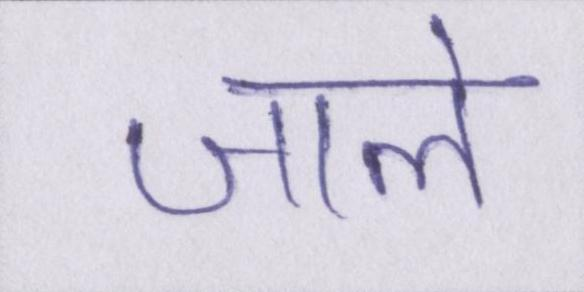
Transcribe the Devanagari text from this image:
जाले